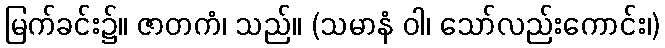
မြက်ခင်း၌။ ဇာတကံ၊ သည်။ (သမာနံ ဝါ၊ သော်လည်းကောင်း၊)